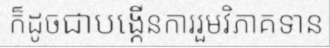
ក៏ដូចជាបង្កើនការរួមវិភាគទាន